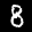
Label: 8